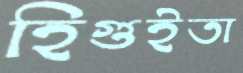
হিগুইতা